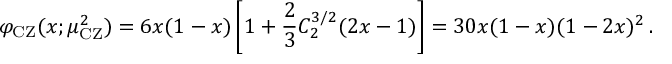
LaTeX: \varphi _ { \mathrm { C Z } } ( x ; \mu _ { \mathrm { C Z } } ^ { 2 } ) = 6 x ( 1 - x ) \left[ 1 + \frac { 2 } { 3 } C _ { 2 } ^ { 3 / 2 } ( 2 x - 1 ) \right] = 3 0 x ( 1 - x ) ( 1 - 2 x ) ^ { 2 } \, .